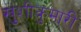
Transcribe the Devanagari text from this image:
खुशीकुमारी